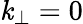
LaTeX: \mathit{k}_{\perp}=0